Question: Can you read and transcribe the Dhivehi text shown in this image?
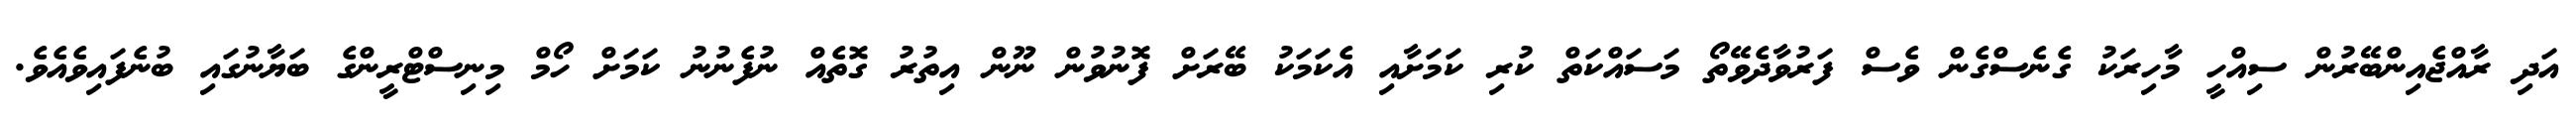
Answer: އަދި ރާއްޖެއިންބޭރުން ސިއްހީ މާހިރަކު ގެނެސްގެން ވެސް ފަރުވާދެވޭތޯ މަސައްކަތް ކުރި ކަމަށާއި އެކަމަކު ބޭރަށް ފޮނުވުން ނޫން އިތުރު ގޮތެއް ނުފެނުނު ކަމަށް ހޯމް މިނިސްޓްރީންގެ ބަޔާނުގައި ބުނެފައިވެއެވެ.